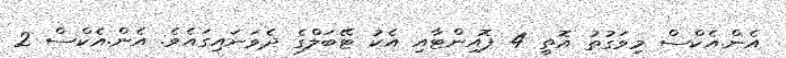
އެން.އެކްސް މިވަގުތު އޮތީ 4 ޕޮއިންޓާއި އެކު ޓޭބަލްގެ ދެވަނައިގައެވެ. އެން.އެކްސް 2